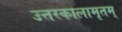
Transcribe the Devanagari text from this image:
उत्तरकालामृतम्